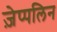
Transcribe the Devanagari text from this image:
ज़ेप्पलिन